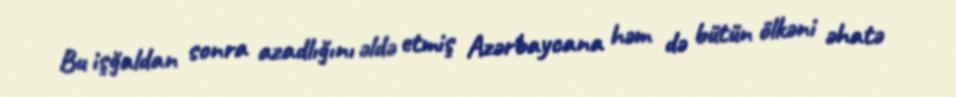
Bu işğaldan sonra azadlığını əldə etmiş Azərbaycana həm də bütün ölkəni əhatə